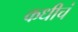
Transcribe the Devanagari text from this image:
कधीचं